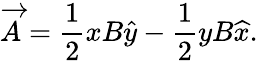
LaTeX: \overrightarrow{A}=\frac{1}{2}xB\widehat{y}-\frac{1}{2}yB\widehat{x}.